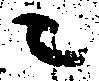
ニ